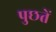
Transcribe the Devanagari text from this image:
पुछतें